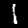
Digit: 1